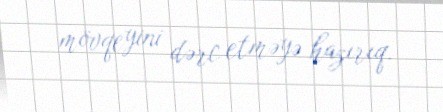
mövqeyini dərc etməyə hazırıq.